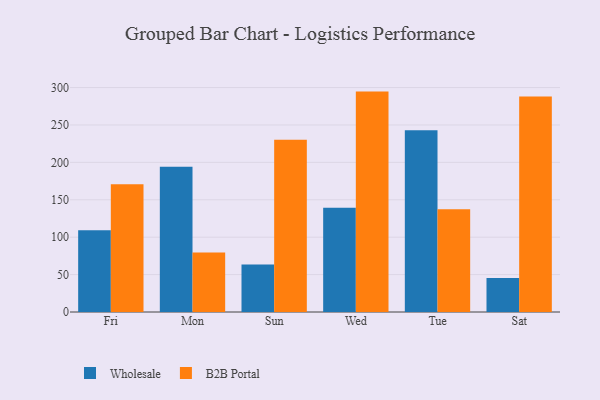
{"axis": {"x": "Day", "y": "Churn Rate (%)"}, "legend": ["B2B Portal", "Wholesale"], "data": [{"x": "Fri", "y": 109.4, "type": "Wholesale"}, {"x": "Fri", "y": 170.7, "type": "B2B Portal"}, {"x": "Mon", "y": 194.1, "type": "Wholesale"}, {"x": "Mon", "y": 79.6, "type": "B2B Portal"}, {"x": "Sun", "y": 63.5, "type": "Wholesale"}, {"x": "Sun", "y": 230.1, "type": "B2B Portal"}, {"x": "Wed", "y": 139.4, "type": "Wholesale"}, {"x": "Wed", "y": 294.6, "type": "B2B Portal"}, {"x": "Tue", "y": 243.1, "type": "Wholesale"}, {"x": "Tue", "y": 137.3, "type": "B2B Portal"}, {"x": "Sat", "y": 45.3, "type": "Wholesale"}, {"x": "Sat", "y": 288.2, "type": "B2B Portal"}]}